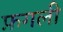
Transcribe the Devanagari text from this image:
फ़गली